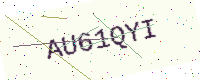
Text: AU61QYI